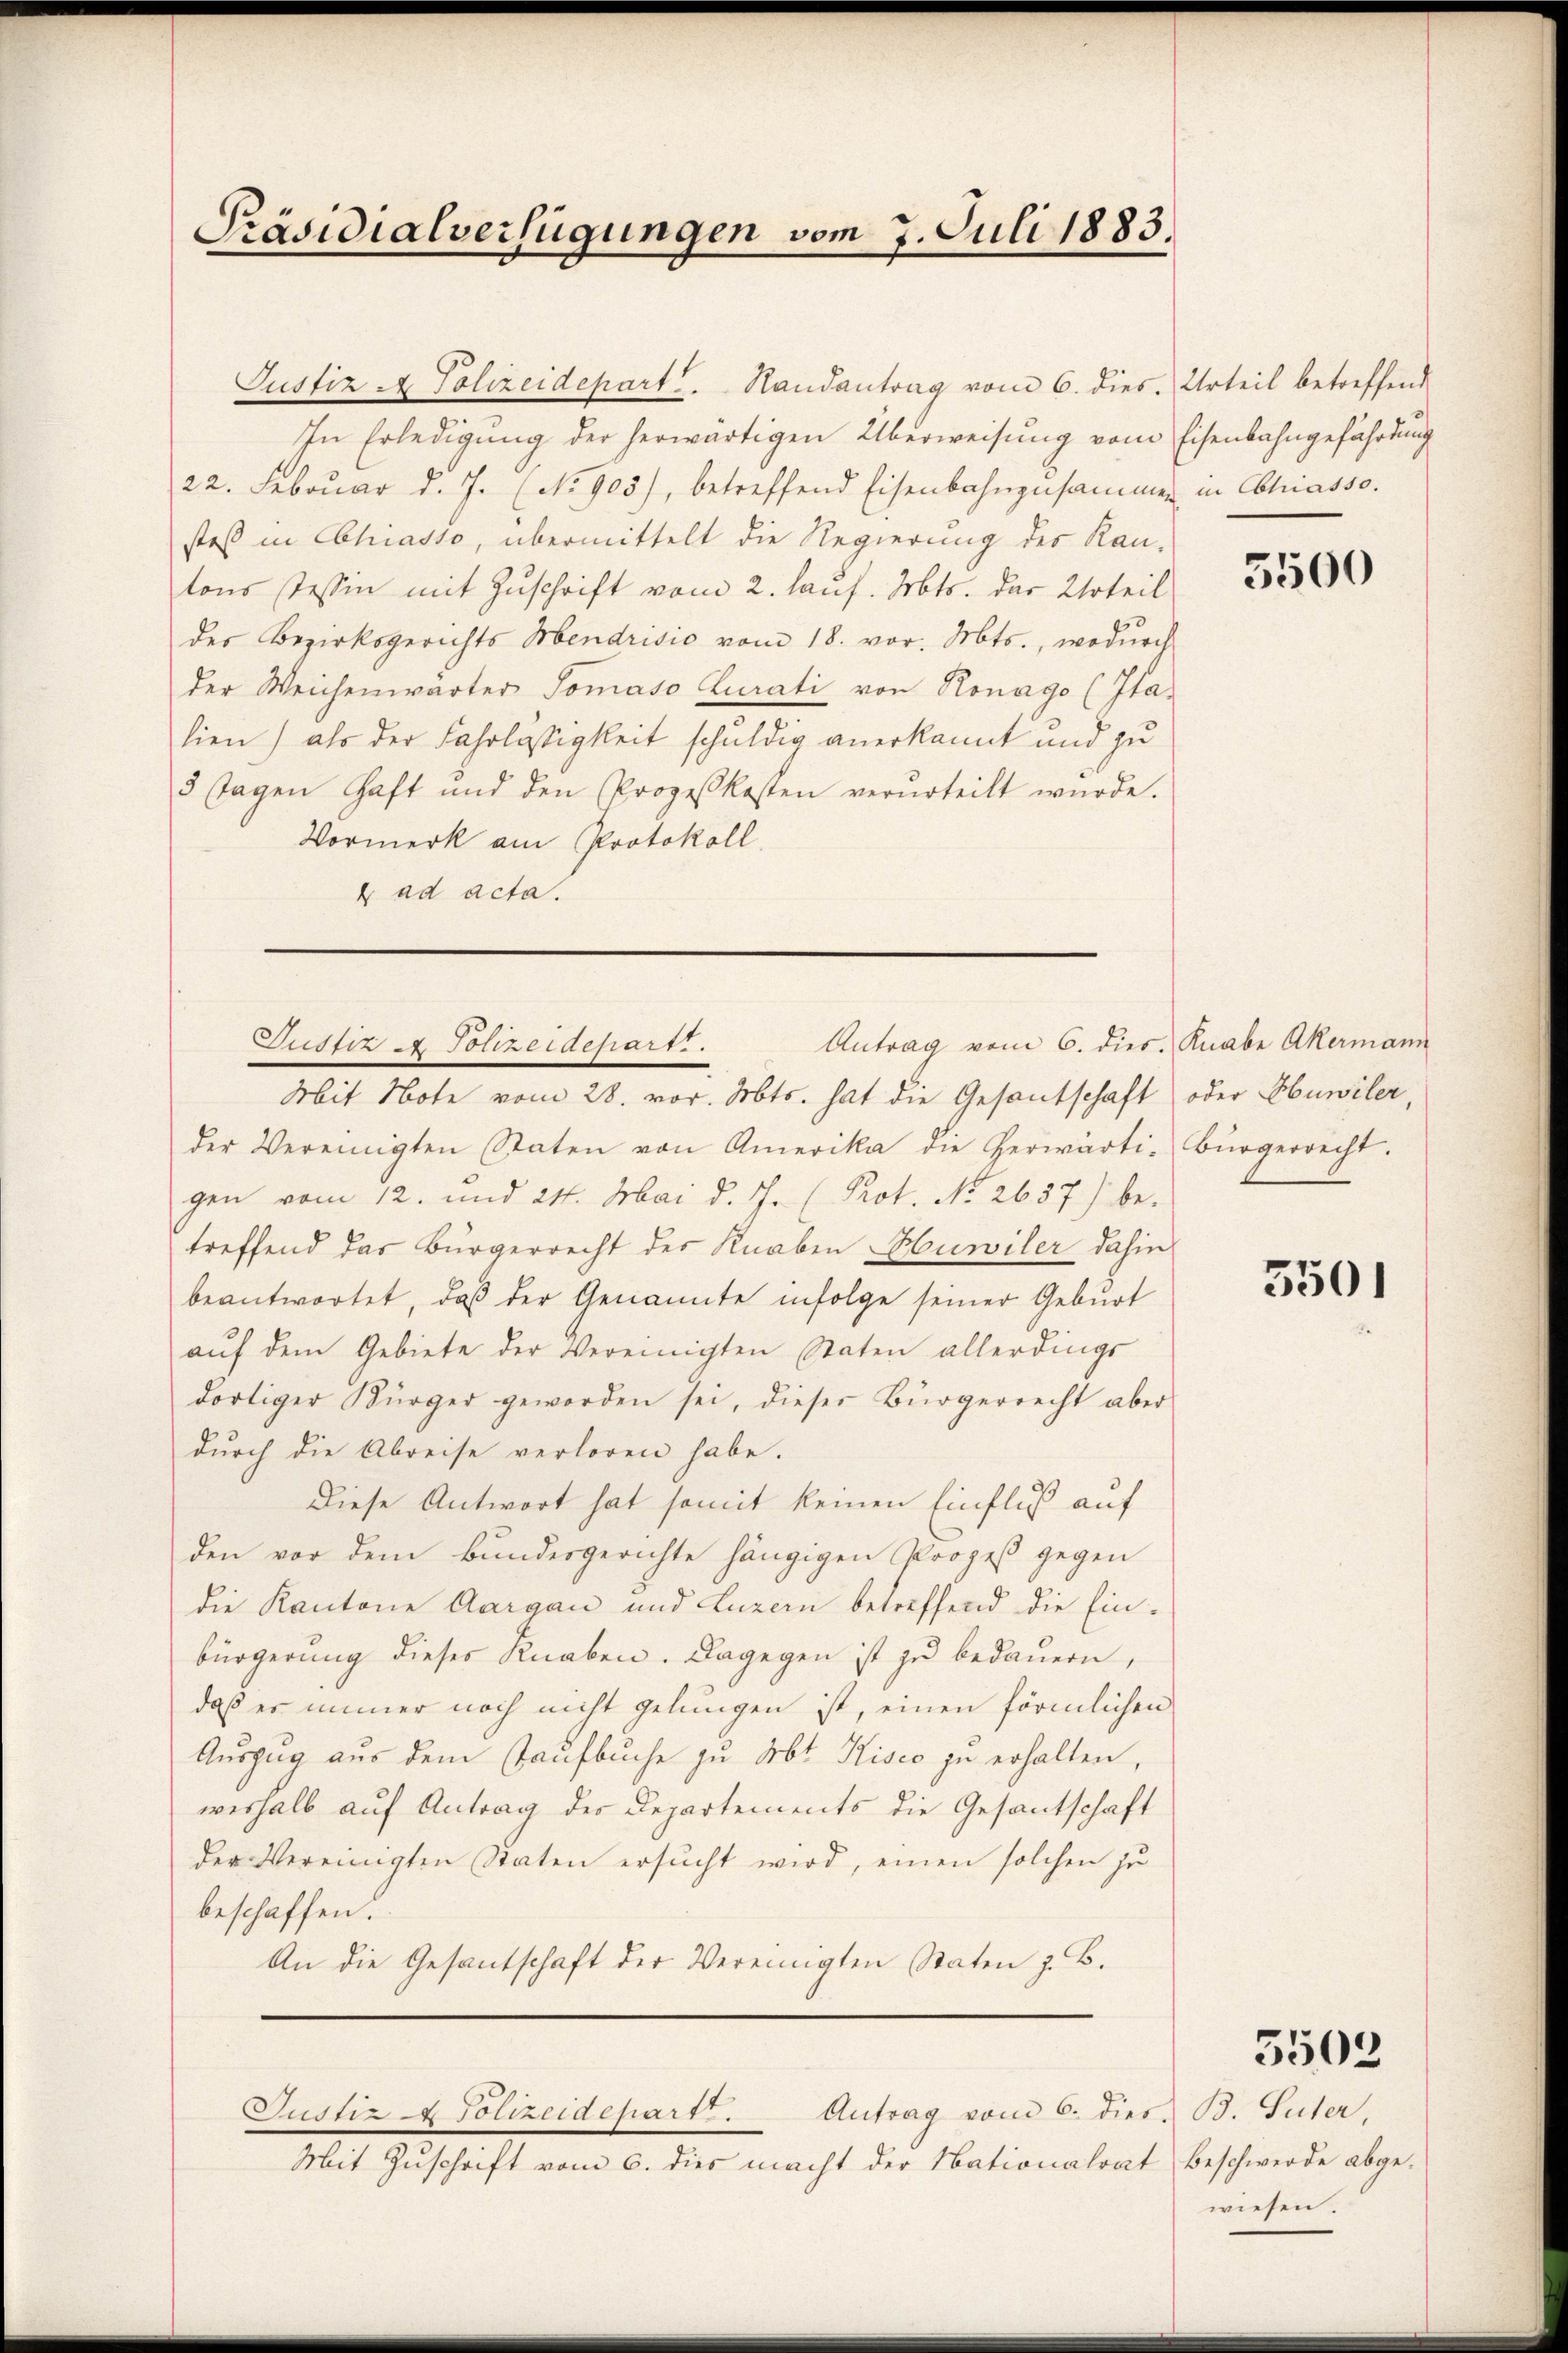
Präsidialverfügungen vom 7. Juli 1883.

Justiz & Polizeidepart. Handantrag vom 6. dies. Urteil betreffend
In Erledigung der herwärtigen Überweisung vom Eisenbahngefährdung
22. Febrŭar d. J. (No 905), betreffend Eisenbahnzusammen in Chiasso.
stoß in Chiasso, übermittelt die Regierung des Kan-
tons Tessin mit Zuschrift vom 2. haus. Mts. das Urteil
des Bezirksgerichts Mendrisio vom 18. vor. Mts., wodurch
der Weichenwärter Tomaso Curati von Ronago (Italien) als der Fahrlästigkeit schuldig anerkannt und zu
3 Tagen Haft und den Prozeßkosten verurteilt wŭrde.
Vormerk am Protokoll.
 ad acta.
Mit Note vom 28. vor. Mts. hat die Gesantschaft oder Huwiler,
der Vereinigten Staten von Amerika die herwärti-Bürgerrecht.
gen vom 12. und 24. Mai d. J. (Prot. No. 2637) be-
treffend das Bürgerrecht der Knaben Huwiler dahin
beantwortet, daβ der Genannte infolge seiner Gebŭrt
aŭf dem Gebiete der Vereinigten Staten allerdings
dortiger Bürger geworden sei, dieser Bürgerrecht aber
durch die Abreise verloren habe.
Diese Antwort hat somit keinen Einfluß auf
den vor dem Bundesgerichte hängigen Prozeß gegen
die Kantone Aargau und Luzern betreffend die Einbürgerung dieses Knaben. Dagegen ist zu bedauern,
daß es immer noch nicht gelungen ist, einen förmlichen
Auszug aus dem Taufbuche zu Abt Kisco zu erhalten
weshalb auf Antrag des Departements die Gesantschaft
der Vereinigten Staten ersucht wird, einen solchen zu
beschaffen.
An die Gesantschaft der Vereinigten Staten z. B.

Antrag vom 6. dies. Knabe Akermann
Justiz & Polizeidepart....

Justiz & Polizeidepart.
Antrag vom 6. dies. B. Suter,

Mit Zŭschrift vom 6. dies macht der Nationalrat beschwerde abge-

3500

3501

5502

wiesen.